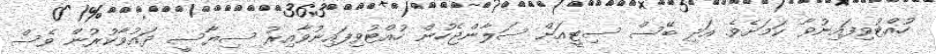
ހުއްޓުވިފައިނުވާ ކަމަށެވެ. އަދި ބޭސް ސިޓީއަށް ސަލާންޖެހުން ހުއްޓުވިފައިނުވާއިރު ސިޔާސީ ދައުވާކުރުން ވެސް